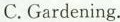
C.Gardening.